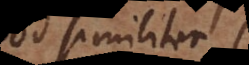
quod similiter